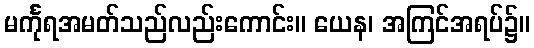
မင်္ကုရအမတ်သည်လည်းကောင်း။ ယေန၊ အကြင်အရပ်၌။